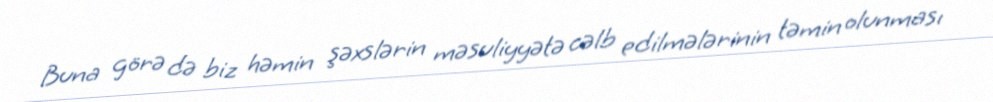
Buna görə də biz həmin şəxslərin məsuliyyətə cəlb edilmələrinin təmin olunması